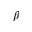
\beta